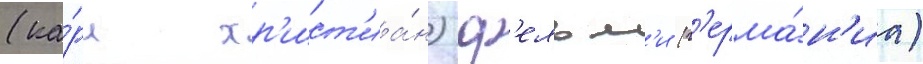
(ка́рл хр'ист'иа́н) ф'ельм'и (г'ерма́н'иа)